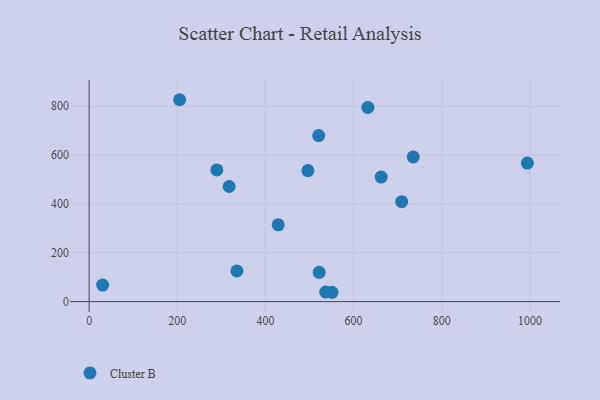
{"axis": {"x": "Investment", "y": "Sales"}, "legend": ["Cluster B"], "data": [{"x": "735.3", "y": 592.5, "type": "Cluster B"}, {"x": "521.9", "y": 119.9, "type": "Cluster B"}, {"x": "551.0", "y": 38.3, "type": "Cluster B"}, {"x": "536.8", "y": 39.4, "type": "Cluster B"}, {"x": "317.6", "y": 471.5, "type": "Cluster B"}, {"x": "496.3", "y": 536.9, "type": "Cluster B"}, {"x": "30.6", "y": 67.6, "type": "Cluster B"}, {"x": "662.6", "y": 510.3, "type": "Cluster B"}, {"x": "289.7", "y": 539.3, "type": "Cluster B"}, {"x": "205.3", "y": 826.9, "type": "Cluster B"}, {"x": "994.3", "y": 567.4, "type": "Cluster B"}, {"x": "335.2", "y": 125.6, "type": "Cluster B"}, {"x": "429.0", "y": 314.7, "type": "Cluster B"}, {"x": "520.8", "y": 679.9, "type": "Cluster B"}, {"x": "709.1", "y": 409.2, "type": "Cluster B"}, {"x": "632.4", "y": 795.5, "type": "Cluster B"}]}